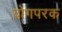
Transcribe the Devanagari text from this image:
योगपरक